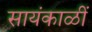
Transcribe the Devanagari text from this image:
सायंकाळीं